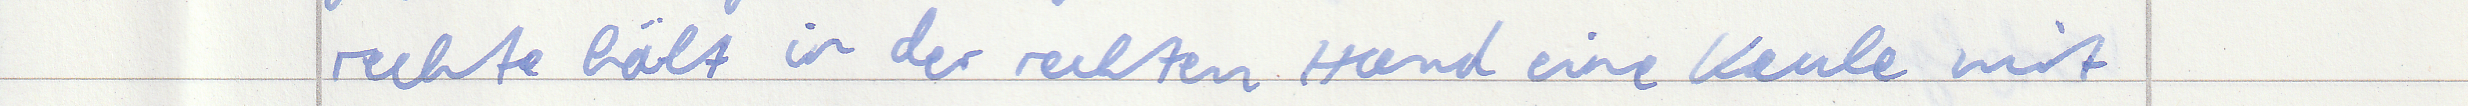
rechte hält in der rechten Hand eine Keule mit